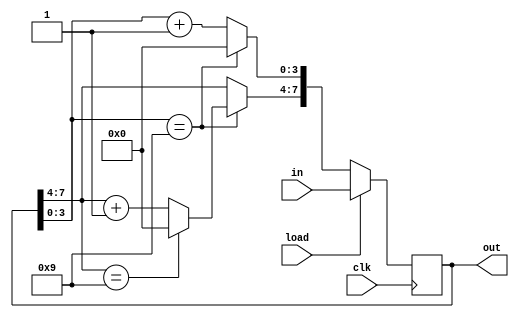
module Counter (
  input clk, load, 
  input [7:0] in,
  output reg [7:0] out);
  
   
  always @(posedge clk)
    begin
      if (load)
       out=in;
      else //if (in==8'd255)
        begin
          if (out[3:0]==4'd9)
            begin
              out[3:0]=4'd0;
              if (out[7:4]==4'd9)out[7:4]=4'd0;
              else out[7:4]=out[7:4]+4'd1;
            end
          else out[3:0]=out[3:0]+4'd1;
        end
    end
endmodule